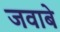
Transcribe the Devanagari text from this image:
जवाबे